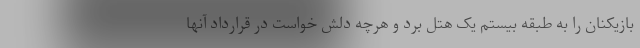
بازیکنان را به طبقه بیستم یک هتل برد و هرچه دلش خواست در قرارداد آنها